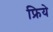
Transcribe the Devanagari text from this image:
फ्रिये